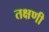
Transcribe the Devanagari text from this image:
तक्षणी